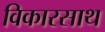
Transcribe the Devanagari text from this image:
विकारसाथ